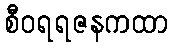
စီဝရရဇနကထာ